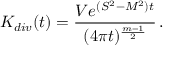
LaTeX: K _ { d i v } ( t ) = \frac { V e ^ { ( S ^ { 2 } - M ^ { 2 } ) t } } { ( 4 \pi t ) ^ { \frac { m - 1 } 2 } } \, .